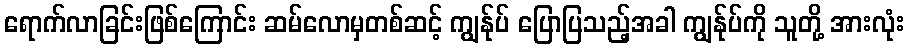
ရောက်လာခြင်းဖြစ်ကြောင်း ဆမ်လောမှတစ်ဆင့် ကျွန်ုပ် ပြောပြသည့်အခါ ကျွန်ုပ်ကို သူတို့ အားလုံး